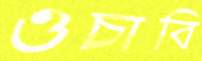
ওচাবি